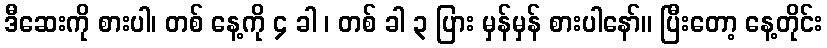
ဒီဆေးကို စားပါ၊ တစ် နေ့ကို ၄ ခါ ၊ တစ် ခါ ၃ ပြား မှန်မှန် စားပါနော်။ ပြီးတော့ နေ့တိုင်း